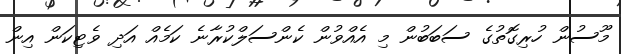
މޫސުން ހުރިގޮތުގެ ސަބަބުން މި އެއްވުން ކެންސަލްކުރާނެ ކަމެއް އަދި ވެޓިކަން އިން